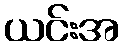
ယင်းအ